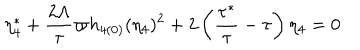
\eta _ { 4 } ^ { \ast } + \frac { 2 \Lambda } { \tau } \varpi h _ { 4 ( 0 ) } ( \eta _ { 4 } ) ^ { 2 } + 2 \left( \frac { \tau ^ { \ast } } { \tau } - \tau \right) \eta _ { 4 } = 0